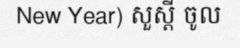
New Year) សួស្តី ចូល